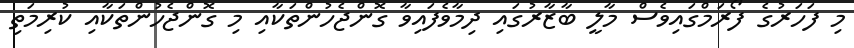
މި ފަހަރުގެ ފޯރަމްގައިވެސް މާލީ ބާޒާރުގައި ދިމާވެފައިވާ ގޮންޖެހުންތަކާއި މި ގޮންޖެހުންތަކާއި ކުރިމަތި